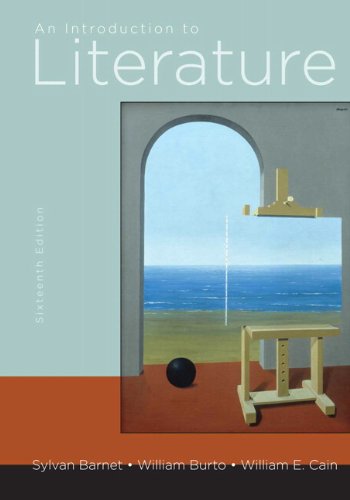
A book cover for An Introduction to Literature (16th Edition); Sylvan Barnet; Literature & Fiction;